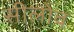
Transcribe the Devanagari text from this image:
सीलोव